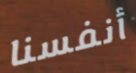
أنفسنا